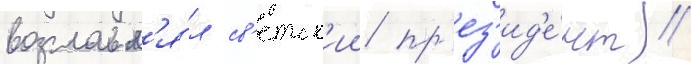
возглавл'я́л св'етск'ии пр'ез'ид'е́нт //